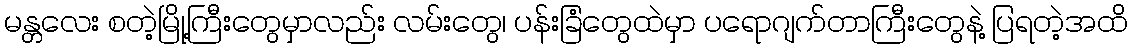
မန္တလေး စတဲ့မြို့ကြီးတွေမှာလည်း လမ်းတွေ၊ ပန်းခြံတွေထဲမှာ ပရောဂျက်တာကြီးတွေနဲ့ ပြရတဲ့အထိ